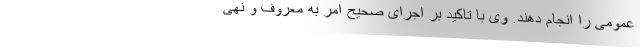
عمومی را انجام دهند. وی با تاکید بر اجرای صحیح امر به معروف و نهی